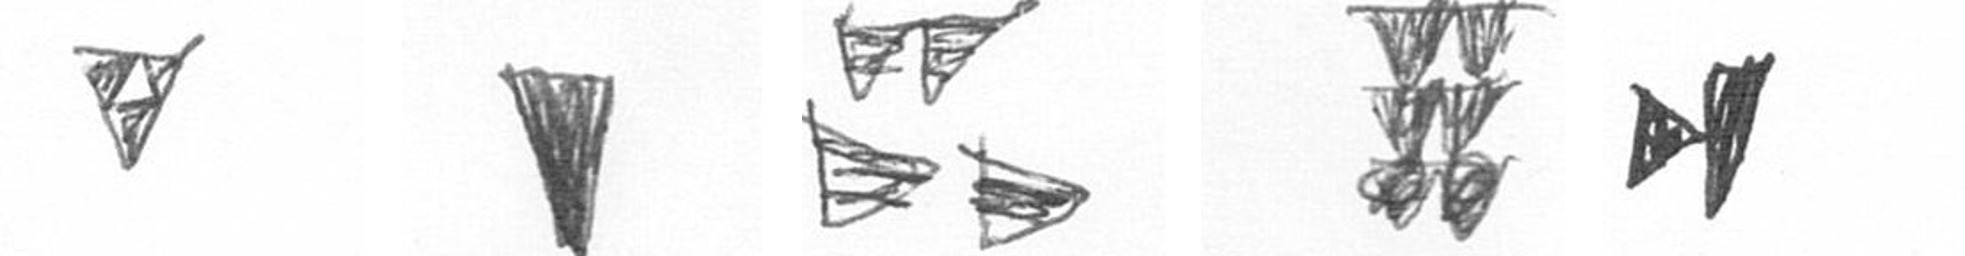
S J B Y M